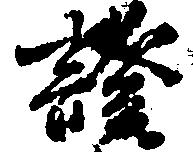
証